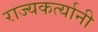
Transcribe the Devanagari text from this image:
राज्यकर्त्यानी